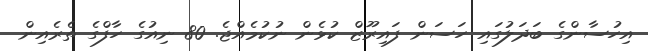
އިހުސާންގެ ބަދަލުގައި ހަސަން ފައިރޫޒް ކުޅެން ނުކުމެއްޖެ. 80 ނިއުގެ ހާފްގެ ތެރެއިން